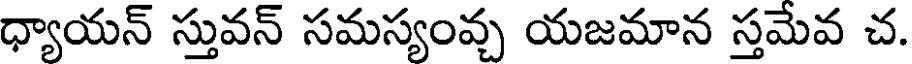
ధ్యాయన్ స్తువన్ సమస్యంవ్చ యజమాన స్తమేవ చ.